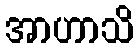
အာဟာသိ